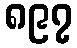
၈၉၇